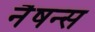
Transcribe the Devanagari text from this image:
नैषन्स